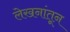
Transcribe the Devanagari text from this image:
लेखनांतून